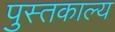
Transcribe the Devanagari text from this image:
पुस्तकाल्य